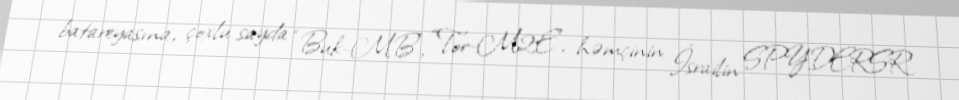
batareyasına, çoxlu sayda “Buk-MB”, “Tor-M2E”, həmçinin İsrailin SPYDERSR